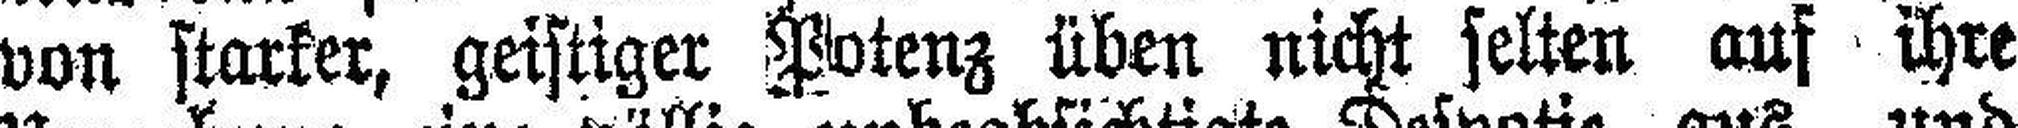
von starker, geistiger Potenz üben nicht selten auf ihre